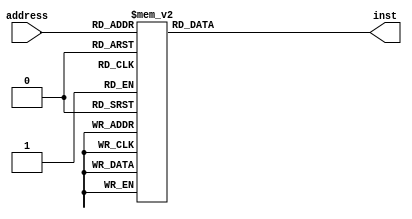
module InstructionMmem (
    input wire [4:0] address,
    output reg [31:0] inst
);

	//reg [31:0] inst;

	always @(address) begin
		case(address)
			00 : inst = 32'h20020005;
			01 : inst = 32'h20070003;
			02 : inst = 32'h2003000c;
			03 : inst = 32'h00e22025;
			04 : inst = 32'h00642824;
			05 : inst = 32'h00a42820;
			06 : inst = 32'h10a70008;
			07 : inst = 32'h0064302a;
			08 : inst = 32'h10c00001;
			09 : inst = 32'h2005000a;
			10 : inst = 32'h00e2302a;
			11 : inst = 32'h00c53820;
			12 : inst = 32'h00e23822;
			13 : inst = 32'h0800000f;
			14 : inst = 32'h8c070000;
			15 : inst = 32'hac470047;
			16 : inst = 32'h00000000;
			17 : inst = 32'h00000000;
			18 : inst = 32'h00000000;
			19 : inst = 32'h00000000;
			20 : inst = 32'h00000000;
			21 : inst = 32'h00000000;
			22 : inst = 32'h00000000;
			23 : inst = 32'h00000000;
			24 : inst = 32'h00000000;
			25 : inst = 32'h00000000;
			26 : inst = 32'h00000000;
			27 : inst = 32'h00000000;
			28 : inst = 32'h00000000;
			29 : inst = 32'h00000000;
			30 : inst = 32'h00000000;
			31 : inst = 32'h00000000;
			32 : inst = 32'h00000000;
			33 : inst = 32'h00000000;
			34 : inst = 32'h00000000;
			35 : inst = 32'h00000000;
			36 : inst = 32'h00000000;
			37 : inst = 32'h00000000;
			38 : inst = 32'h00000000;
			39 : inst = 32'h00000000;
			40 : inst = 32'h00000000;
			41 : inst = 32'h00000000;
			42 : inst = 32'h00000000;
			43 : inst = 32'h00000000;
			44 : inst = 32'h00000000;
			45 : inst = 32'h00000000;
			46 : inst = 32'h00000000;
			47 : inst = 32'h00000000;
			48 : inst = 32'h00000000;
			49 : inst = 32'h00000000;
			50 : inst = 32'h00000000;
			51 : inst = 32'h00000000;
			52 : inst = 32'h00000000;
			53 : inst = 32'h00000000;
			54 : inst = 32'h00000000;
			55 : inst = 32'h00000000;
			56 : inst = 32'h00000000;
			57 : inst = 32'h00000000;
			58 : inst = 32'h00000000;
			59 : inst = 32'h00000000;
			60 : inst = 32'h00000000;
			61 : inst = 32'h00000000;
			62 : inst = 32'h00000000;
			63 : inst = 32'h00000000;
		endcase
	end

endmodule